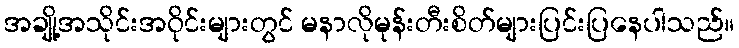
အချို့အသိုင်းအဝိုင်းများတွင် မနာလိုမုန်းတီးစိတ်များပြင်းပြနေပါသည်။